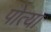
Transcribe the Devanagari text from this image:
पोत्या